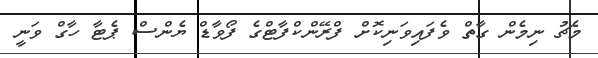
މެޗު ނިމެން ގާތް ވެފައިވަނިކޮށް ފްރޭންކްފާޓްގެ ފޯވާޑް ޔެންސް ޕެޓާ ހާގް ވަނީ